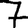
Digit: 7